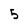
Character: 5